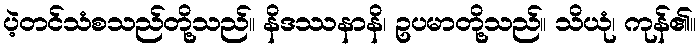
ပဲ့တင်သံစသည်တို့သည်။ နိဒဿနာနိ၊ ဥပမာတို့သည်။ သိယုံ၊ ကုန်၏။